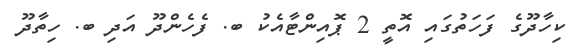
ކިހާދޫގެ ފަހަތުގައި އޮތީ 2 ޕޮއިންޓާއެކު ބ. ފެހެންދޫ އަދި ބ. ހިތާދޫ